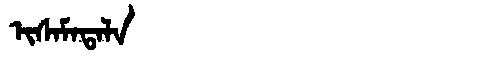
Manchu: ᡳᠰᠠᠮᠠᡨᠠᠯᠠ
Romanization: ISAMATALA